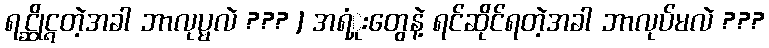
ရင္ဆိုင္ရတဲ့အခါ ဘာလုပ္မလဲ ??? ] အရံှုးတွေနဲ့ ရင်ဆိုင်ရတဲ့အခါ ဘာလုပ်မလဲ ???